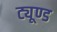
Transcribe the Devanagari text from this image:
ट्यूण्ड